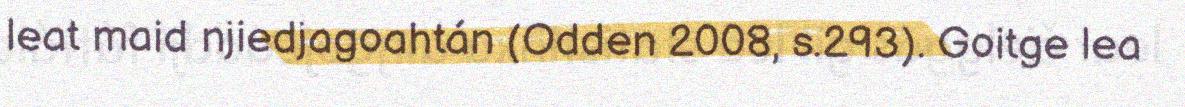
leat maid njiedjagoahtán (Odden 2008, s.293). Goitge lea